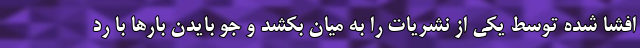
افشا شده توسط یکی از نشریات را به میان بکشد و جو بایدن بارها با رد